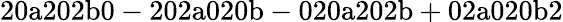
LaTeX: \mathrm{20a202b0-202a020b-020a202b+02a020b2}